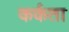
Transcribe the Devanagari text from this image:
कर्कता